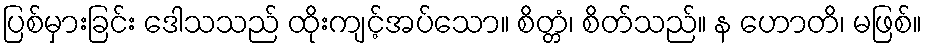
ပြစ်မှားခြင်း ဒေါသသည် ထိုးကျင့်အပ်သော။ စိတ္တံ၊ စိတ်သည်။ န ဟောတိ၊ မဖြစ်။